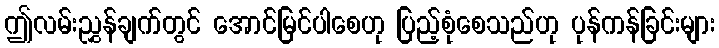
ဤလမ်းညွှန်ချက်တွင် အောင်မြင်ပါစေဟု ပြည့်စုံစေသည်ဟု ပုန်ကန်ခြင်းများ